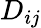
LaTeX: D_{ij}